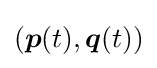
({\boldsymbol {p}}(t),{\boldsymbol {q}}(t))